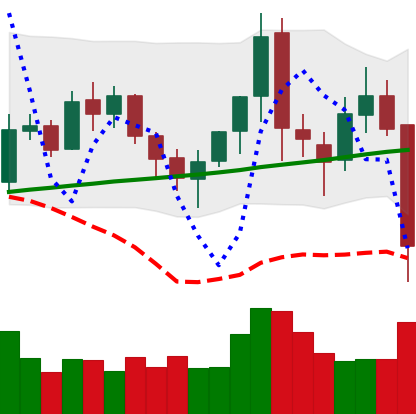
Ticker: XMR-USD
Chart end date: 2021-11-16
Forward return: 3.989%
Label: up_3_5